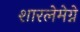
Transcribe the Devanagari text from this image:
शारलेमेग्ने